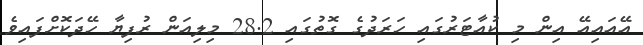
އޭއައިއޭ އިން މި ކުއާޓަރުގައި ހަރަދުގެ ގޮތުގައި 28.2 މިލިއަން ރުފިޔާ ހޭދަކޮށްފައިވެ